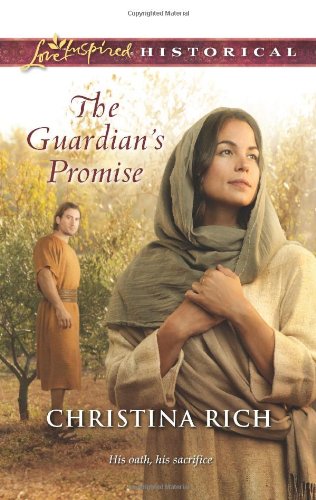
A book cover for The Guardian's Promise (Love Inspired Historical); Christina Rich; Romance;